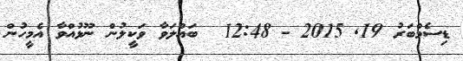
ޑިސެމްބަރު 19